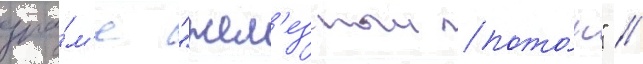
дра́м'е "жел'езныи пото́к" //